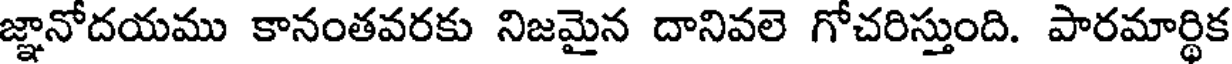
జ్ఞానోదయము కానంతవరకు నిజమైన దానివలె గోచరిస్తుంది. పారమార్థిక